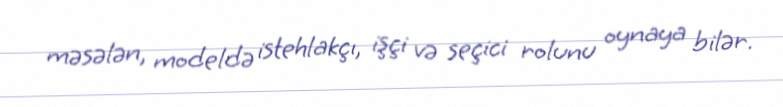
məsələn, modeldə istehlakçı, işçi və seçici rolunu oynaya bilər.